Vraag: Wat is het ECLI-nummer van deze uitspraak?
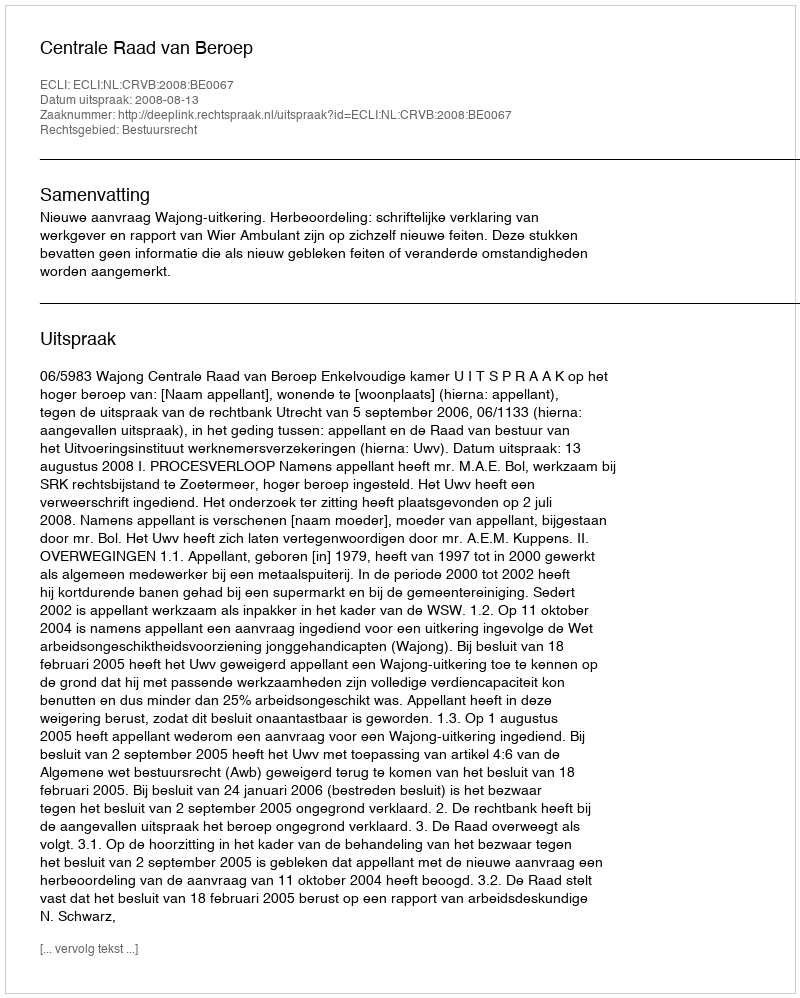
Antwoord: ECLI:NL:CRVB:2008:BE0067